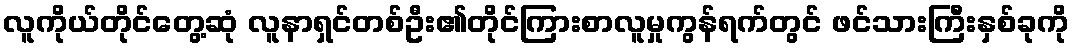
လူကိုယ်တိုင်တွေ့ဆုံ လူနာရှင်တစ်ဦး၏တိုင်ကြားစာလူမှုကွန်ရက်တွင် ဖင်သားကြီးနှစ်ခုကို